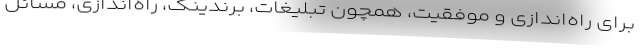
برای راه‌اندازی و موفقیت، همچون تبلیغات، برندینگ، راه‌اندازی، مسائل